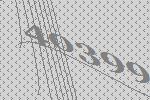
40399